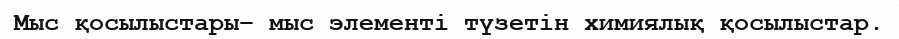
Мыс қосылыстары– мыс элементі түзетін химиялық қосылыстар.